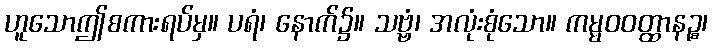
ဟူသောဤစကားရပ်မှ။ ပရံ၊ နောက်၌။ သဗ္ဗံ၊ အလုံးစုံသော။ ကမ္မဝဝတ္ထာနဉ္စ၊